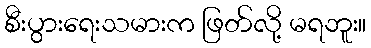
စီးပွားရေးသမားက ဖြတ်လို့ မရဘူး။